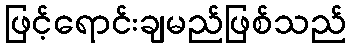
ဖြင့်ရောင်းချမည်ဖြစ်သည်